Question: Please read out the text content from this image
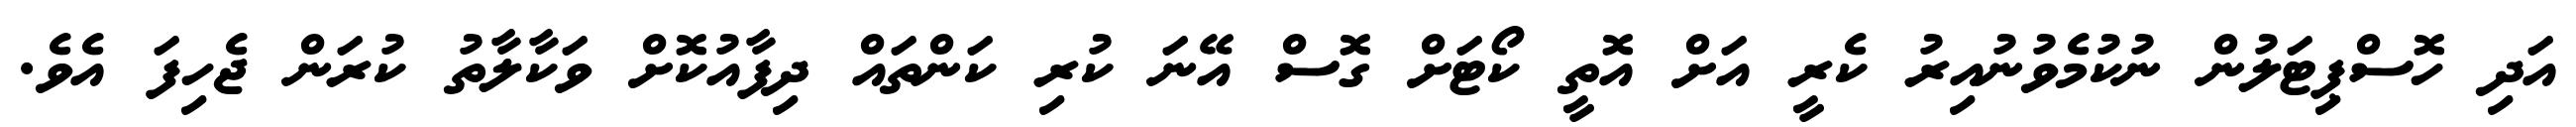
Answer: އަދި ހޮސްޕިޓަލުން ނުކުމެވުނުއިރު ކެރީ އަށް އޮތީ ކޯޓަށް ގޮސް އޭނަ ކުރި ކަންތައް ދިފާއުކޮށް ވަކާލާތު ކުރަން ޖެހިފަ އެވެ.